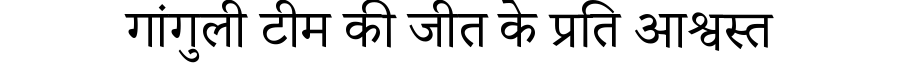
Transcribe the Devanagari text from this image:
गांगुली टीम की जीत के प्रति आश्वस्त